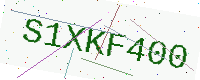
Text: S1XKF400